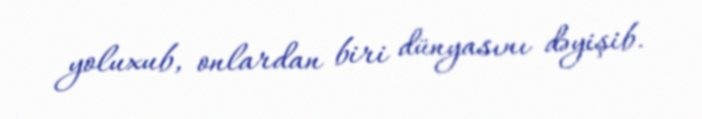
yoluxub, onlardan biri dünyasını dəyişib.